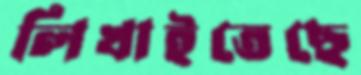
লিখাইতেছে